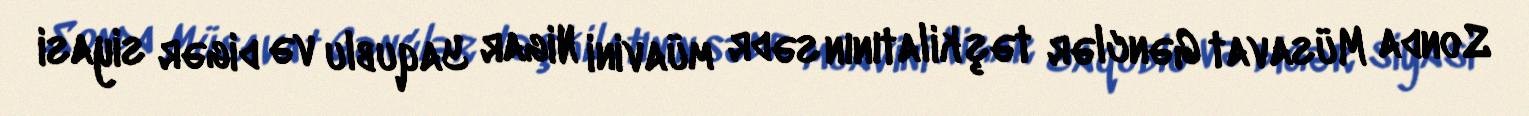
Sonda Müsavat Gənclər təşkilatının sədr müavini Nigar Yaqublu və digər siyasi